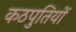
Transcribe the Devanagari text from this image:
कठपुतियों